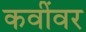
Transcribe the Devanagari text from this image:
कवींवर